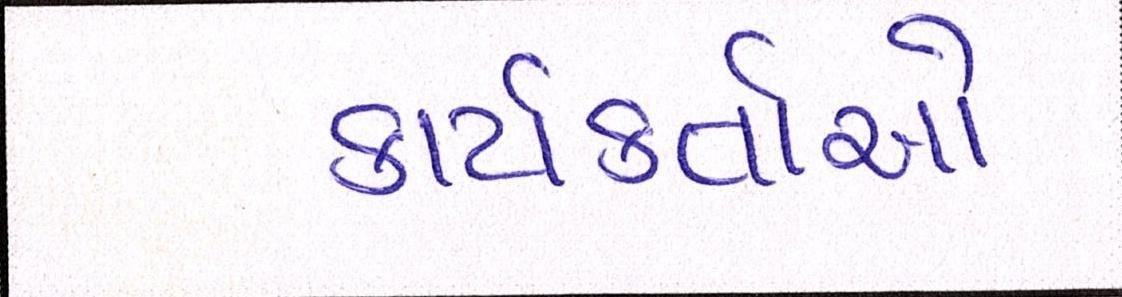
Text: કાર્યકર્તાઓ